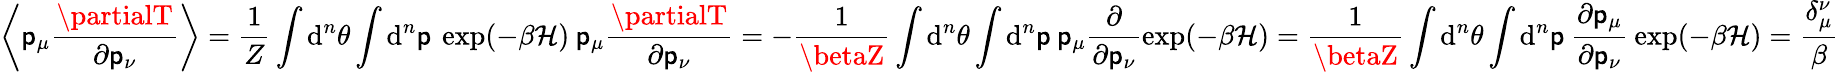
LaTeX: \left\langle\mathsf{p}_{\mu}\frac{{\partialT}}{{\partial\mathsf{p}_{\nu}}}\right\rangle=\frac{{1}}{{Z}}\int\mathrm{{d}}^{n}\theta\int\mathrm{{d}}^{n}\mathsf{p}\: \exp(-\beta\mathcal{{H}})\: \mathsf{p}_{\mu}\frac{{\partialT}}{{\partial\mathsf{p}_{\nu}}}=-\frac{{1}}{{\betaZ}}\int\mathrm{{d}}^{n}\theta\int\mathrm{{d}}^{n}\mathsf{p}\: \mathsf{p}_{\mu}\frac{{\partial}}{{\partial\mathsf{p}_{\nu}}}\exp(-\beta\mathcal{{H}})=\frac{{1}}{{\betaZ}}\int\mathrm{{d}}^{n}\theta\int\mathrm{{d}}^{n}\mathsf{p}\: \frac{{\partial\mathsf{p}_{\mu}}}{{\partial\mathsf{p}_{\nu}}}\: \exp(-\beta\mathcal{{H}})=\frac{{\delta_{\mu}^{\nu}}}{{\beta}}